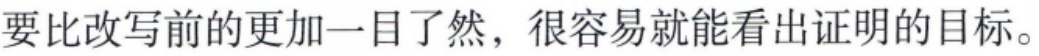
要比改写前的更加一目了然，很容易就能看出证明的目标。